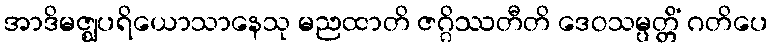
အာဒိမဇ္ဈပရိယောသာနေသု မညထာတိ ဇဂ္ဂိဿတီတိ ဒေဝသမ္ပတ္တိံ ဂတိပေ